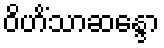
ဝိဟိံသာဆန္ဒော